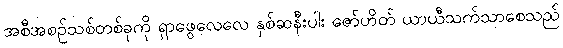
အစီအစဉ်သစ်တစ်ခုကို ရှာဖွေလေလေ နှစ်ဆနီးပါး ဇော်ဟိတ် ယာယီသက်သာစေသည်